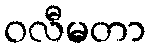
ဝလီမတာ